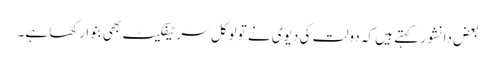
بعض دانشور کہتے ہیں کہ دولت کی دیوی نے تو لوکل سر ٹیفکیٹ بھی بنوا رکھا ہے۔